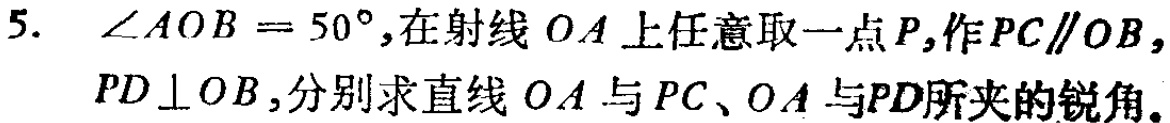
5. $\angle AOB = 50^{\circ}$,在射线 $OA$ 上任意取一点 $P$,作 $PC\parallel OB$, $PD\perp OB$,分别求直线 $OA$ 与 $PC$、$OA$ 与$PD$所夹的锐角。